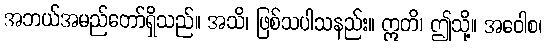
အဘယ်အမည်တော်ရှိသည်။ အသိ၊ ဖြစ်သပါသနည်း။ ဣတိ၊ ဤသို့။ အဝေါစ၊